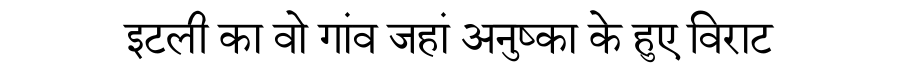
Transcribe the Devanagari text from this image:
इटली का वो गांव जहां अनुष्का के हुए विराट